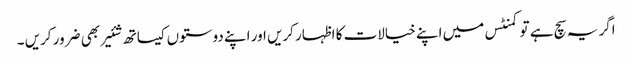
اگر یہ سچ ہے تو کمنٹس میں اپنے خیالات کا اظہار کریں اور اپنے دوستوں کیساتھ شئیر بھی ضرور کریں ۔